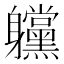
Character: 𲄲